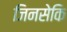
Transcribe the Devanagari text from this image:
जिनसेकि